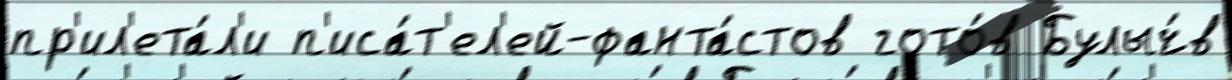
пр'ил'ета́л'и п'иса́т'ел'ей-фанта́стов гото́в Булыч́в